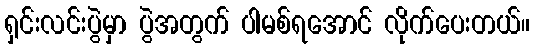
ရှင်းလင်းပွဲမှာ ပွဲအတွက် ပါမစ်ရအောင် လိုက်ပေးတယ်။